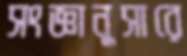
সংজ্ঞানুসারে